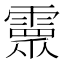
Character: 𩅉